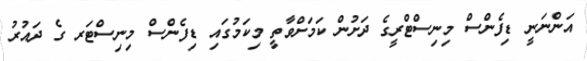
އަންނަނީ ޑިފެންސް މިނިސްޓްރީގެ ދަށުން ކަމަށްވާތީ މިކަމުގައި ޑިފެންސް މިނިސްޓަރ ގެ ދައުރު